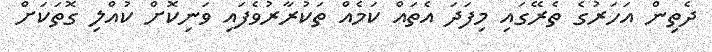
ދެތިން އަހަރުގެ ތެރޭގައި މިފަދަ އެތައް ކަމެއް ތަކުރާރުވެފައި ވަނިކޮށް ކުއްލި ގޮތަކަށް